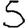
Digit: 5